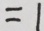
= 1